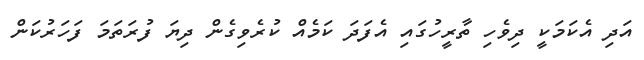
އަދި އެކަމަކީ ދިވެހި ތާރީހުގައި އެފަދަ ކަމެއް ކުރެވިގެން ދިޔަ ފުރަތަމަ ފަހަރުކަން